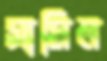
সামিন